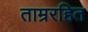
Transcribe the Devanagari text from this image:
ताम्ररहित